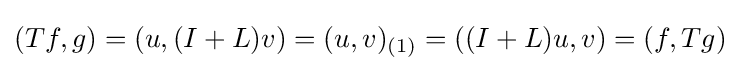
(Tf,g)=(u,(I+L)v)=(u,v)_{(1)}=((I+L)u,v)=(f,Tg)